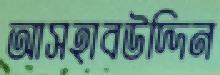
আসহাবউদ্দিন